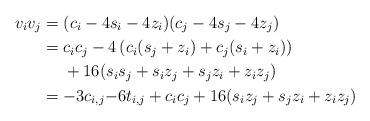
LaTeX: \begin{align*} v_i v_j&=( c_i-4 s_{i}-4z_{i})( c_j-4 s_{j}-4z_{j})\\&= c_i c_j-4\left( {c_i(s_{j}+z_i)+ c_j(s_{i} + z_{i})}\right)\\&\phantom{{}={}}+ 16(s_{i} s_{ j}+s_i z_{j} +s_j z_{i} +z_{i}z_{j})\\&= -3c_{i,j} {-6t_{i,j}} + c_i c_j+ 16(s_i z_{j} +s_j z_{i} +z_{i}z_{j})\end{align*}